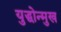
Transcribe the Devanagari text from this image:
युद्धोन्मुख